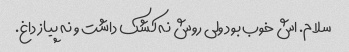
سلام. اش خوب بود ولی روش نه کشک داشت و نه پیاز داغ.